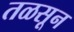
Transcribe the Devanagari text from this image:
तळसून